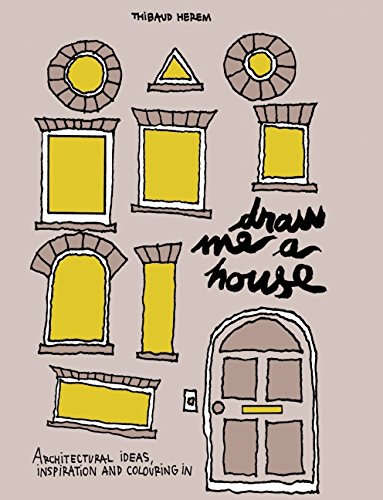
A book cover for Draw Me a House: Architectural Ideas, Inspiration and Colouring In; Thibaud Herem; Arts & Photography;